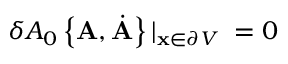
\delta A _ { 0 } \left\{ { \bf A } , \dot { { \bf A } } \right\} | _ { { \bf x } \in \partial V } \; = 0